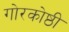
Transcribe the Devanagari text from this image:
गोरकोष्ठी